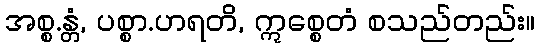
အစ္စ.န္တံ, ပစ္စာ.ဟရတိ, ဣစ္စေတံ စသည်တည်း။